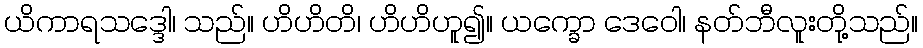
ယိကာရသဒ္ဒေါ၊ သည်။ ဟိဟိတိ၊ ဟိဟိဟူ၍။ ယက္ခော ဒေဝေါ၊ နတ်ဘီလူးတို့သည်။